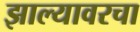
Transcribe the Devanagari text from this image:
झाल्यावरचा